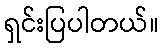
ရှင်းပြပါတယ်။